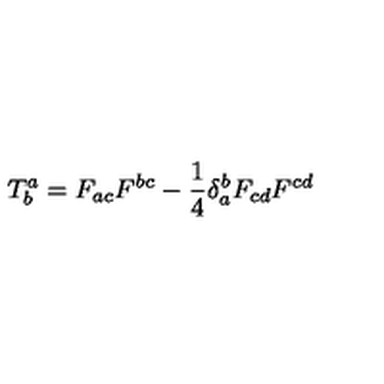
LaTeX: T _ { b } ^ { a } = F _ { a c } F ^ { b c } - \frac { 1 } { 4 } \delta _ { a } ^ { b } F _ { c d } F ^ { c d }